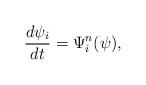
LaTeX: \begin{align*}\frac{d\psi_i}{dt}= \Psi^{n}_i(\psi), \end{align*}